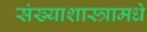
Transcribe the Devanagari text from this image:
संख्याशास्त्रामधे